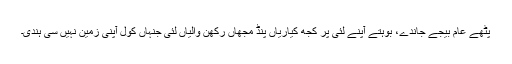
پٹھے عام بیجے جاندے، بوہتے آپنے لئی پر کُجھ کیاریاں پنڈ مجھاں رکھن والیاں لئی جنہاں کول آپنی زمین نہیں سی ہُندی۔